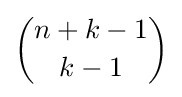
{n+k-1 \choose k-1}